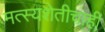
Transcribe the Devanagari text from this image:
मत्स्यशेतीचाही